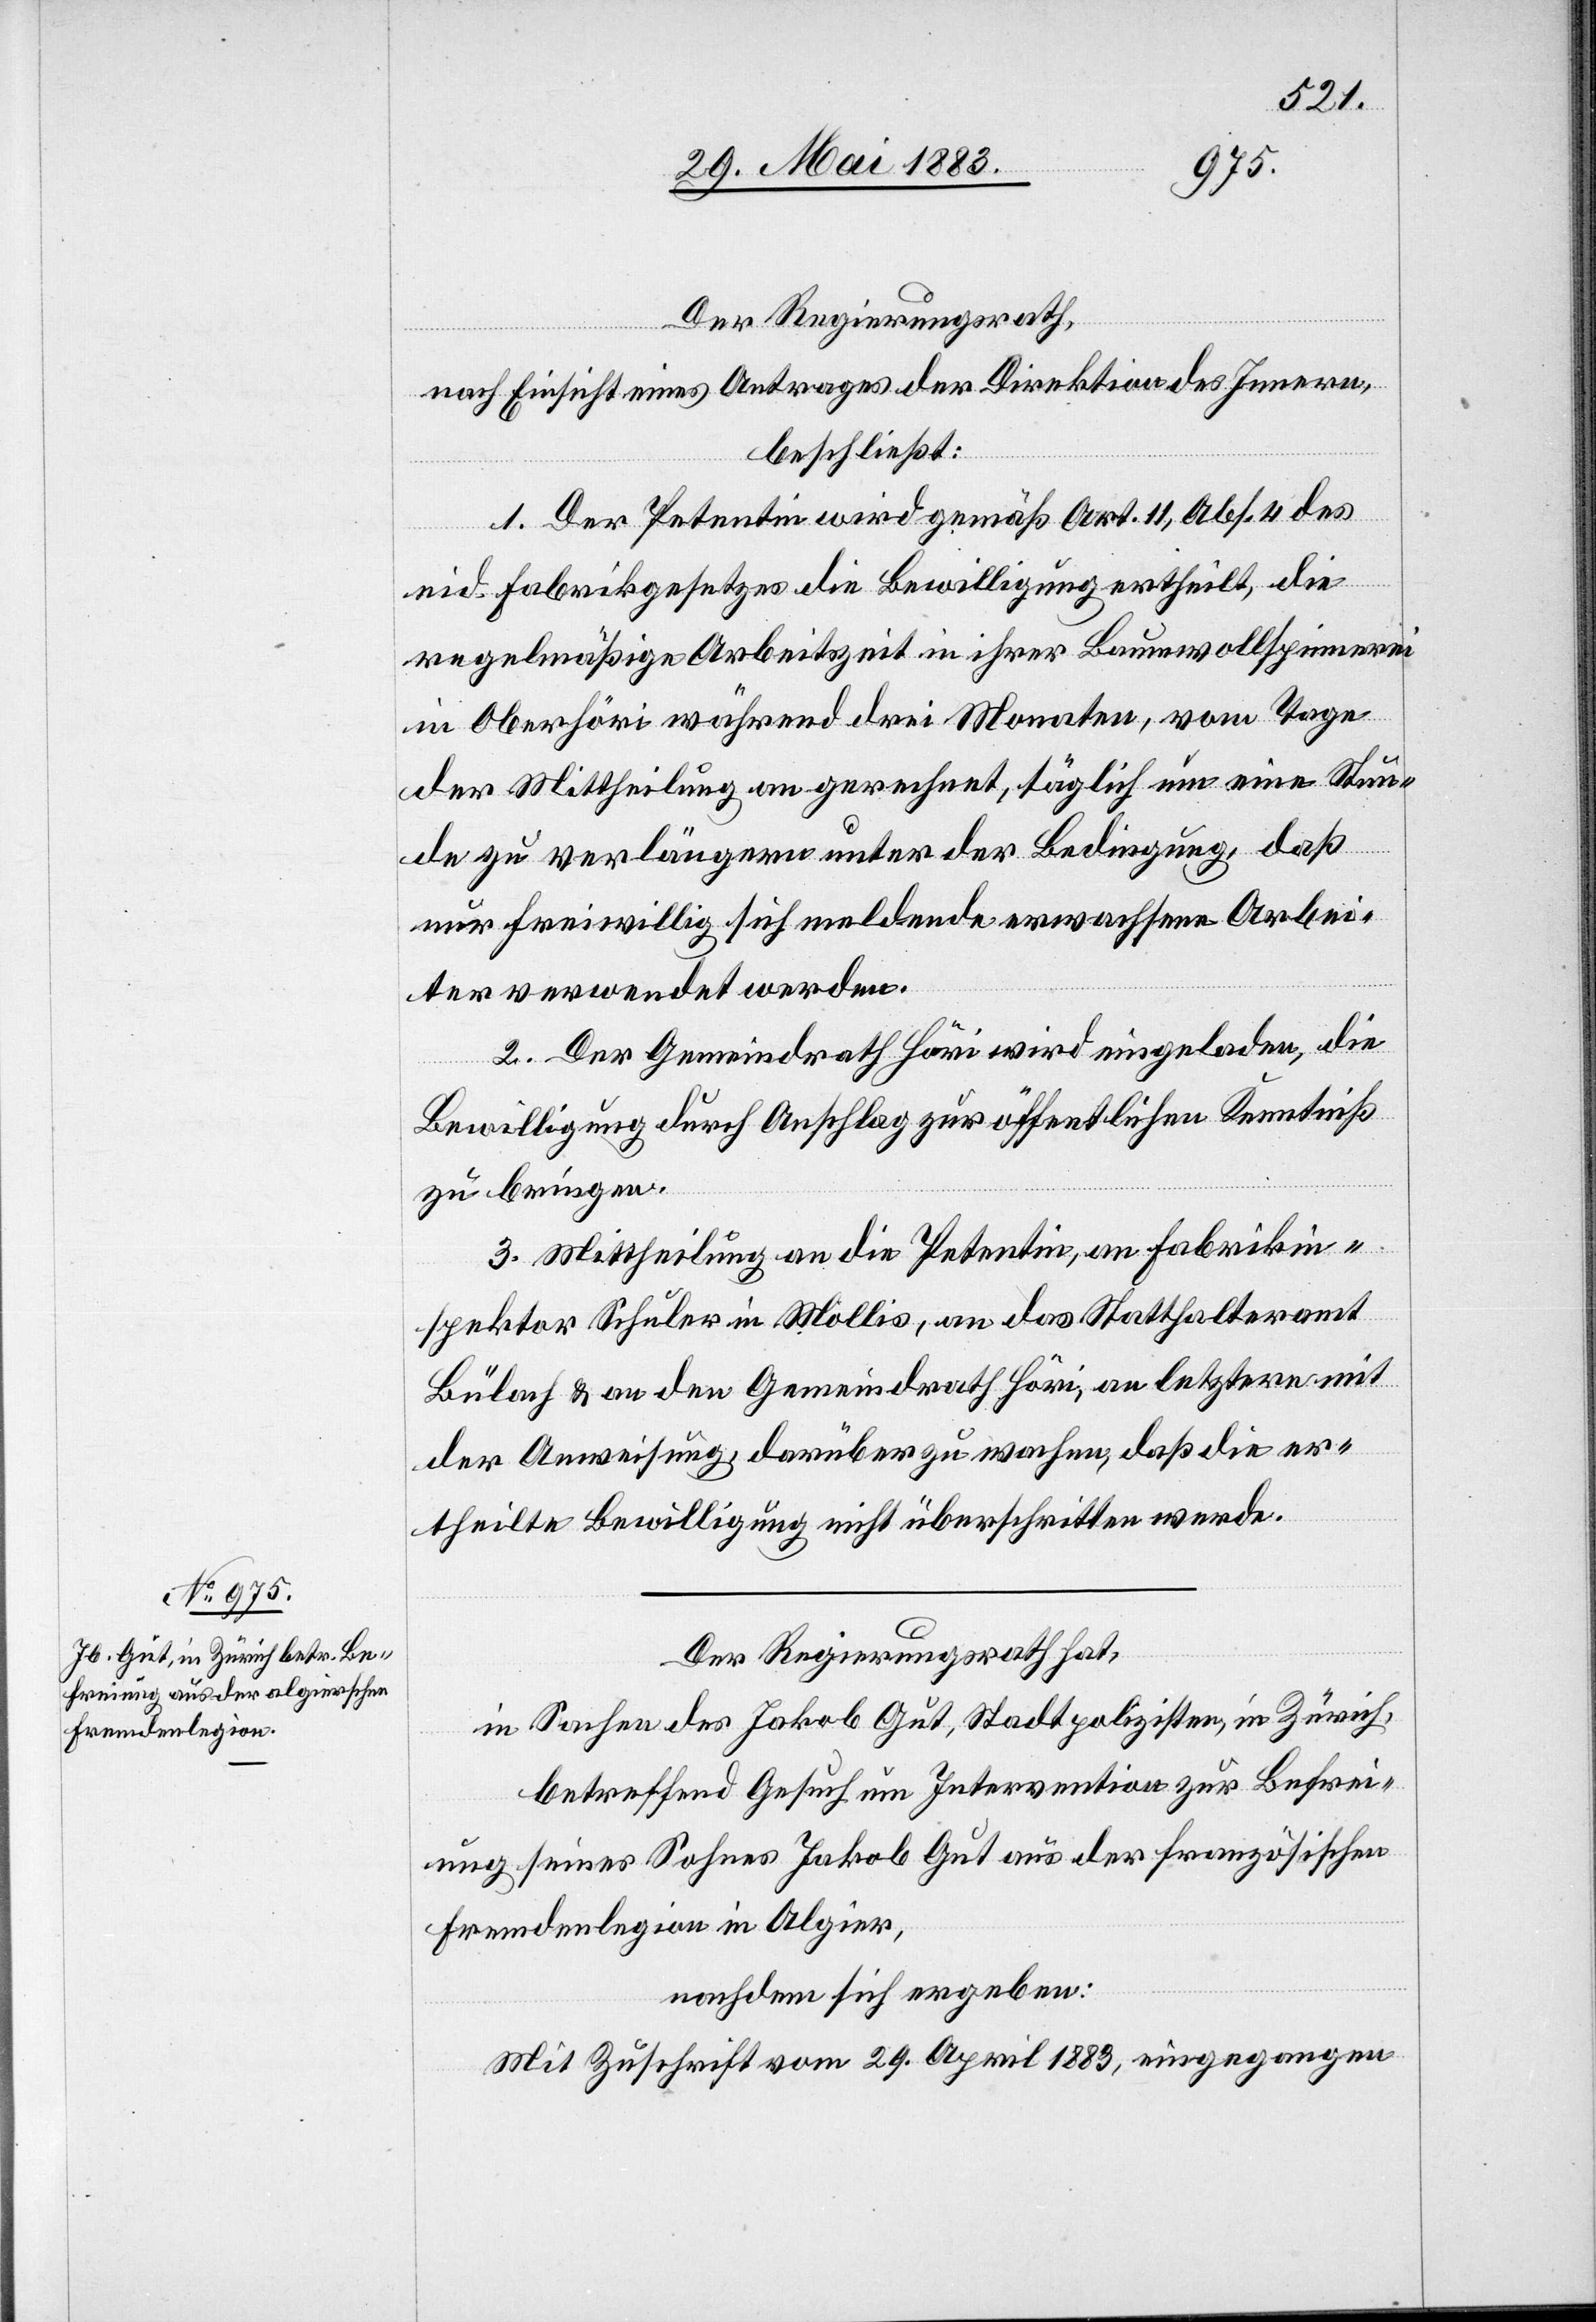
Der Regierungsrath,
nach Einsicht eines Antrages der Direktion des Innern,
beschließt:
1. Der Petentin wird gemäß Art. 11, Abs. 4 des
eid. Fabrikgesetzes die Bewilligung ertheilt, die
regelmäßige Arbeitszeit in ihrer Baumwollspinnerei
in Oberhöri während drei Monaten, vom Tage
der Mittheilung an gerechnet, täglich um eine Stun¬
de zu verlängern unter der Bedingung, daß
nur freiwillig sich meldende erwachsene Arbei¬
ter verwendet werden.
2. Der Gemeindrath Höri wird eingeladen, die
Bewilligung durch Anschlag zur öffentlichen Kenntniß
zu bringen.
3. Mittheilung an die Petentin, an Fabrikin¬
spektor Schuler in Mollis, an das Statthalteramt
Bülach & an den Gemeindrath Höri, an letztere mit
der Anweisung, darüber zu wachen, daß die er¬
theilte Bewilligung nicht überschritten werde.
Der Regierungsrath hat,
in Sachen des Jakob Gut, Stadtpolizisten, in Zürich,
betreffend Gesuch um Intervention zur Befrei¬
ung seines Sohnes Jakob Gut aus der französischen
Fremdenlegion in Algier,
nachdem sich ergeben:
Mit Zuschrift vom 29. April 1883, eingegangen